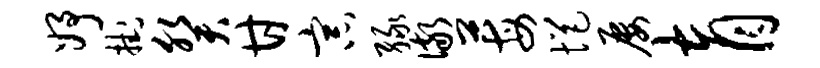
妤挂癸甘宗绿儆莓悒屡育